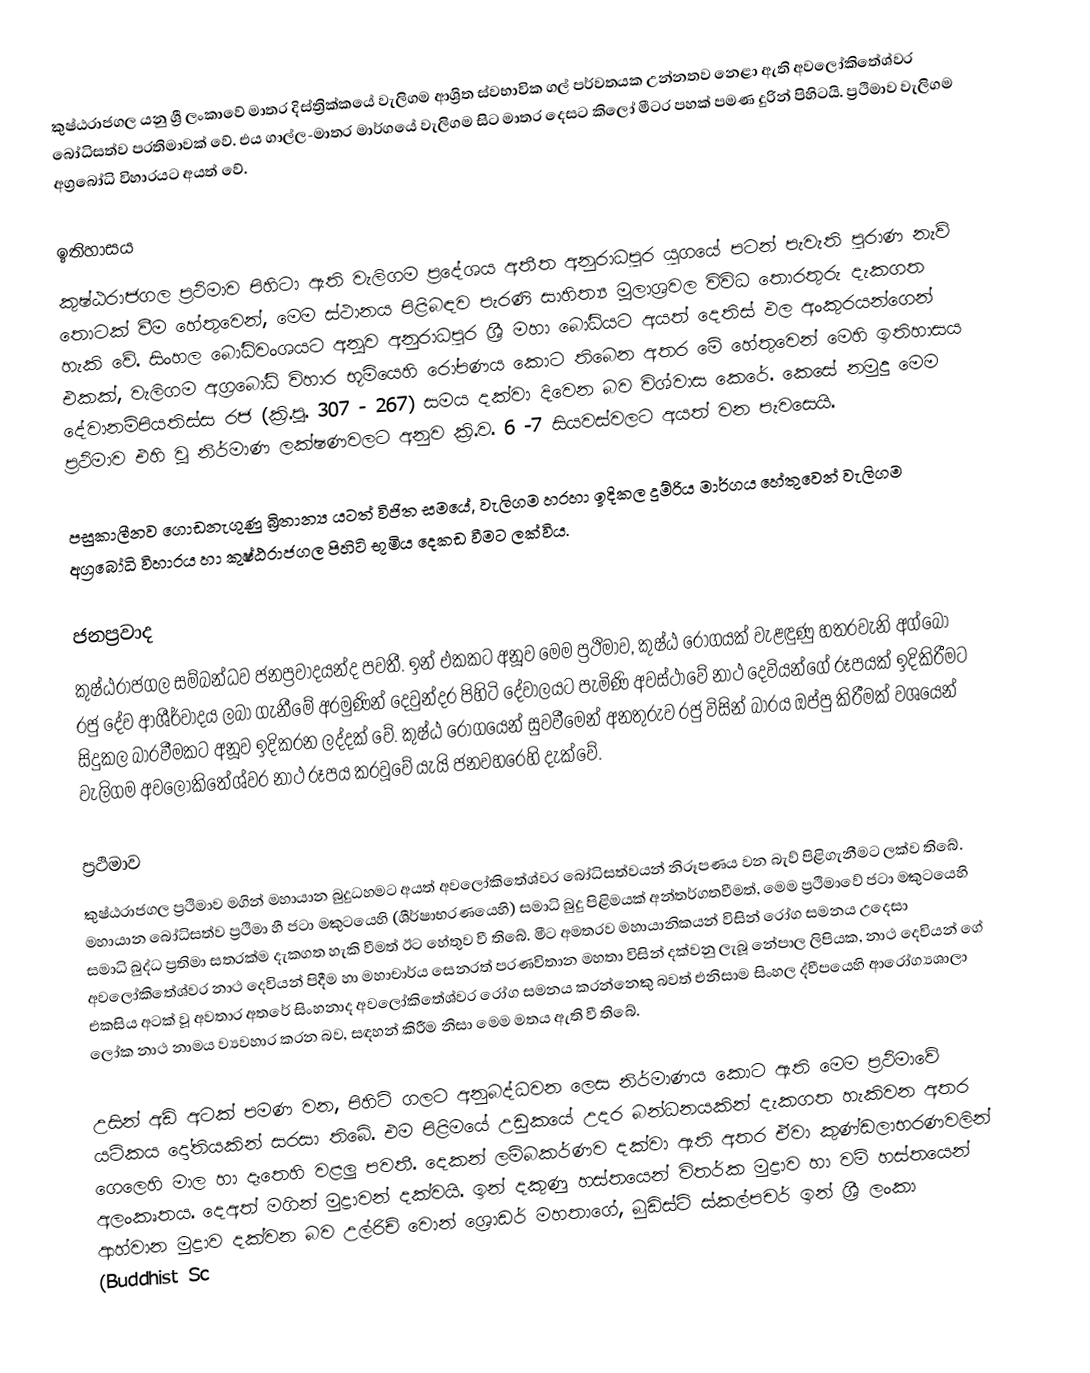
කුෂ්ඨරාජගල යනු ශ්‍රී ලංකාවේ මාතර දිස්ත්‍රික්කයේ වැලිගම ආශ්‍රිත ස්වභාවික ගල් පර්වතයක උන්නතව නෙළා ඇති අවලෝකිතේශ්වර බෝධිසත්ව ප‍්‍රතිමාවක් වේ. එය ගාල්ල-මාතර මාර්ගයේ වැලිගම සිට මාතර දෙසට කිලෝ මීටර පහක් පමණ දුරින් පිහිටයි. ප්‍රථිමාව වැලිගම අග්‍රබෝධි විහාරයට අයත් වේ.

ඉතිහාසය
කුෂ්ඨරාජගල ප්‍රථිමාව පිහිටා ඇති වැලිගම ප්‍රදේශය අතීත අනුරාධපුර යුගයේ පටන් පැවැති පුරාණ නැව් තොටක් වීම හේතුවෙන්, මෙම ස්ථානය පිළිබඳව පැරණි සාහිත්‍ය මූලාශ්‍රවල විවිධ තොරතුරු දැකගත හැකි වේ. සිංහල බෝධිවංශයට අනූව අනුරාධපුර ශ්‍රී මහා බෝධියට අයත් දෙතිස් ඵල අංකුරයන්ගෙන් එකක්, වැලිගම අග්‍රබෝධි විහාර භූමියෙහි රෝපණය කොට තිබෙන අතර මේ හේතුවෙන් මෙහි ඉතිහාසය දේවානම්පියතිස්ස රජ (ක්‍රි.පූ. 307 - 267) සමය දක්වා දිවෙන බව විශ්වාස කෙරේ. කෙසේ නමුදු මෙම ප්‍රථිමාව එහි වූ නිර්මාණ ලක්ෂණවලට අනුව ක්‍රි.ව. 6 -7 සියවස්වලට අයත් වන පැවසෙයි.

පසුකාලීනව ගොඩනැගුණු බ්‍රිතාන්‍ය යටත් විජිත සමයේ, වැලිගම හරහා ඉදිකල දුම්රිය මාර්ගය හේතුවෙන් වැලිගම අග්‍රබෝධි විහාරය හා කුෂ්ඨරාජගල පිහිටි භූමිය දෙකඩ වීමට ලක්විය.

ජනප්‍රවාද
කුෂ්ඨරාජගල සම්බන්ධව ජනප්‍රවාදයන්ද පවතී. ඉන් එකකට අනූව මෙම ප්‍රථිමාව, කුෂ්ඨ රෝගයක් වැළඳුණු හතරවැනි අග්බෝ රජු දේව ආශීර්වාදය ලබා ගැනීමේ අරමුණින් දෙවුන්දර පිහිටි දේවාලයට පැමිණි අවස්ථාවේ නාථ දෙවියන්ගේ රූපයක් ඉදිකිරීමට සිදුකල බාරවීමකට අනූව ඉදිකරන ලද්දක් වේ. කුෂ්ඨ රෝගයෙන් සුවවීමෙන් අනතුරුව රජු විසින් බාරය ඔප්පු කිරීමක් වශයෙන් වැලිගම අවලෝකිතේශ්වර නාථ රූපය කරවූවේ යැයි ජනවහරෙහි දැක්වේ.

ප්‍රථිමාව
කුෂ්ඨරාජගල ප්‍රථිමාව මගින් මහායාන බුදුධහමට අයත් අවලෝකිතේශ්වර බෝධිසත්වයන් නිරූපණය වන බැව් පිළිගැනීමට ලක්ව තිබේ. මහායාන බෝධිසත්ව ප්‍රථිමා හී ජටා මකුටයෙහි (ශීර්ෂාභරණයෙහි) සමාධි බුදු පිළිමයක් අන්තර්ගතවීමත්, මෙම ප්‍රථිමාවේ ජටා මකුටයෙහි සමාධි බුද්ධ ප්‍රතිමා සතරක්ම දැකගත හැකි වීමත් ඊට හේතුව වී තිබේ. මීට අමතරව මහායානිකයන් විසින් රෝග සමනය උදෙසා අවලෝකිතේශ්වර නාථ දෙවියන් පිදීම හා මහාචාර්ය සෙනරත් පරණවිතාන මහතා විසින් දක්වනු ලැබූ නේපාල ලිපියක, නාථ දෙවියන් ගේ එකසිය අටක් වූ අවතාර අතරේ සිංහනාද අවලෝකිතේශ්වර රෝග සමනය කරන්නෙකු බවත් එනිසාම සිංහල ද්වීපයෙහි ආරෝග්‍යශාලා ලෝක නාථ නාමය ව්‍යවහාර කරන බව, සඳහන් කිරීම නිසා මෙම මතය ඇති වී තිබේ.

උසින් අඩි අටක් පමණ වන, පිහිටි ගලට අනුබද්ධවන ලෙස නිර්මාණය කොට ඇති මෙම ප්‍රථිමාවේ යටිකය දෝතියකින් සරසා තිබේ. එම පිළිමයේ උඩුකයේ උදර බන්ධනයකින් දැකගත හැකිවන අතර ගෙලෙහි මාල හා දෑතෙහි වළලු පවතී. දෙකන් ලම්බකර්ණව දක්වා ඇති අතර ඒවා කුණ්ඩලාභරණවලින් අලංකෘතය. දෙඅත් මගින් මුද්‍රාවන් දක්වයි. ඉන් දකුණු හස්තයෙන් විතර්ක මුද්‍රාව හා වම් හස්තයෙන් ආහ්වාන මුද්‍රාව දක්වන බව උල්රිච් වොන් ශ්‍රොඩර් මහතාගේ, බුඩිස්ට් ස්කල්පචර් ඉන් ශ්‍රී ලංකා (Buddhist Sc